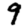
Digit: 9